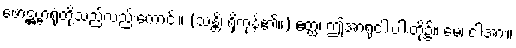
ဖောဋ္ဌဗ္ဗာရုံတို့သည်လည်းကောင်း။ (သန္တိ၊ ရှိကုန်၏။) ဧတ္ထ၊ ဤအာရုံငါးပါးတို့၌။ မေ၊ ငါ့အား။